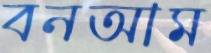
বনআম